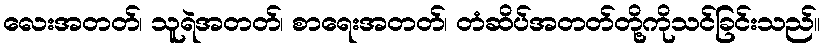
လေးအတတ်၊ သူရဲအတတ်၊ စာရေးအတတ်၊ တံဆိပ်အတတ်တို့ကိုသင်ခြင်းသည်။